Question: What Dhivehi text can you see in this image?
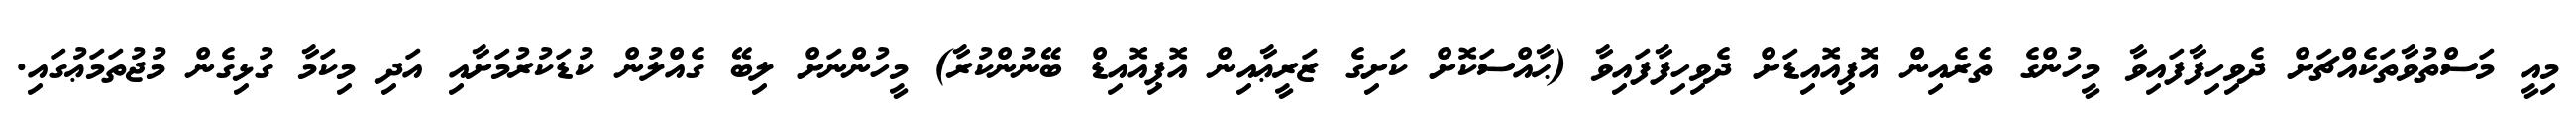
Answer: މިއީ މަސްތުވާތަކެއްޗަށް ދެވިހިފާފައިވާ މީހުންގެ ތެރެއިން އޮޕިއޮއިޑަށް ދެވިހިފާފައިވާ (ޙާއްސަކޮށް ކަށިގެ ޒަރީޢާއިން އޮޕިއޮއިޑް ބޭނުންކުރާ) މީހުންނަށް ލިބޭ ގެއްލުން ކުޑަކުރުމަށާއި އަދި މިކަމާ ގުޅިގެން މުޖުތަމަޢުގައި.